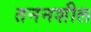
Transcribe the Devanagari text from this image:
तननशील